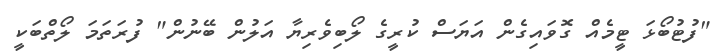
"ފުޓުބޯޅަ ޓީމެއް ގޮވައިގެން އަޔަސް ކުރީގެ ލޯބިވެރިޔާ އަލުން ބޭނުން" ފުރަތަމަ ލޯތްބަކީ